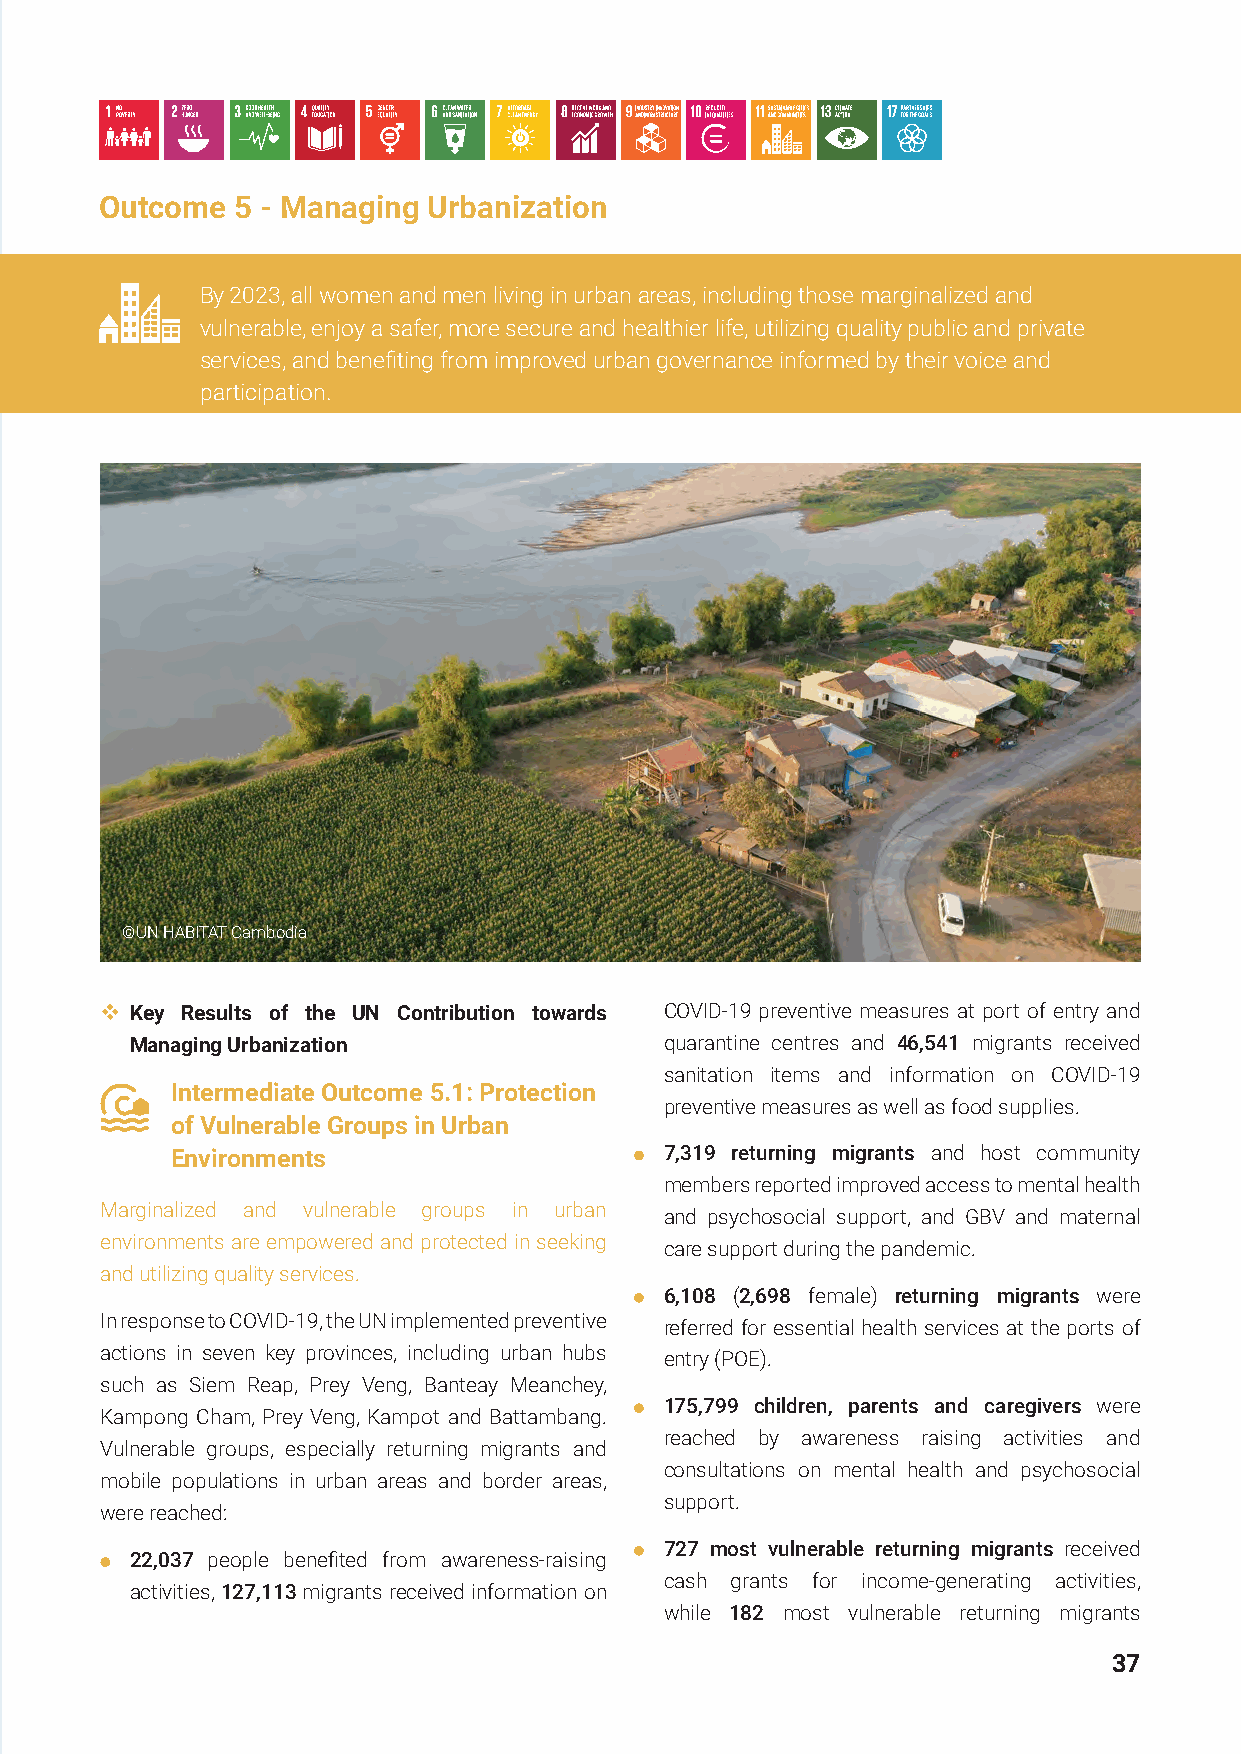
Outcome  5 - Managing Urbanization
 By 2023, all women and men living in urban areas, including those marginalized and
 vulnerable, enjoy a safer, more secure and healthier life, utilizing quality public and private
 services, and benefiting from improved urban governance informed by their voice and
 participation.
 ©UN HABITAT Cambodia
  Key Results of the UN Contribution towards COVID-19 preventive measures at port of entry and
 Managing Urbanization              quarantine centres and 46,541 migrants received
 sanitation items and information on COVID-19
 Intermediate Outcome 5.1: Protection
 preventive measures as well as food supplies.
 of Vulnerable Groups in Urban
 Environments                     7,319 returning migrants and host community
 members reported improved access to mental health
 Marginalized and vulnerable groups in urban
 and psychosocial support, and GBV and maternal
 environments are empowered and protected in seeking
 care support during the pandemic.
 and utilizing quality services.
 6,108 (2,698 female) returning migrants were
 In response to COVID-19, the UN implemented preventive
 referred for essential health services at the ports of
 actions in seven key provinces, including urban hubs
 entry (POE).
 such as Siem Reap, Prey Veng, Banteay Meanchey,
 175,799 children, parents and caregivers were
 Kampong Cham, Prey Veng, Kampot and Battambang.
 reached by awareness raising activities and
 Vulnerable groups, especially returning migrants and
 consultations on mental health and psychosocial
 mobile populations in urban areas and border areas,
 support.
 were reached:
 727 most vulnerable returning migrants received
 22,037 people benefited from awareness-raising
 cash grants for income-generating activities,
 activities, 127,113 migrants received information on
 while 182 most vulnerable returning migrants
 37